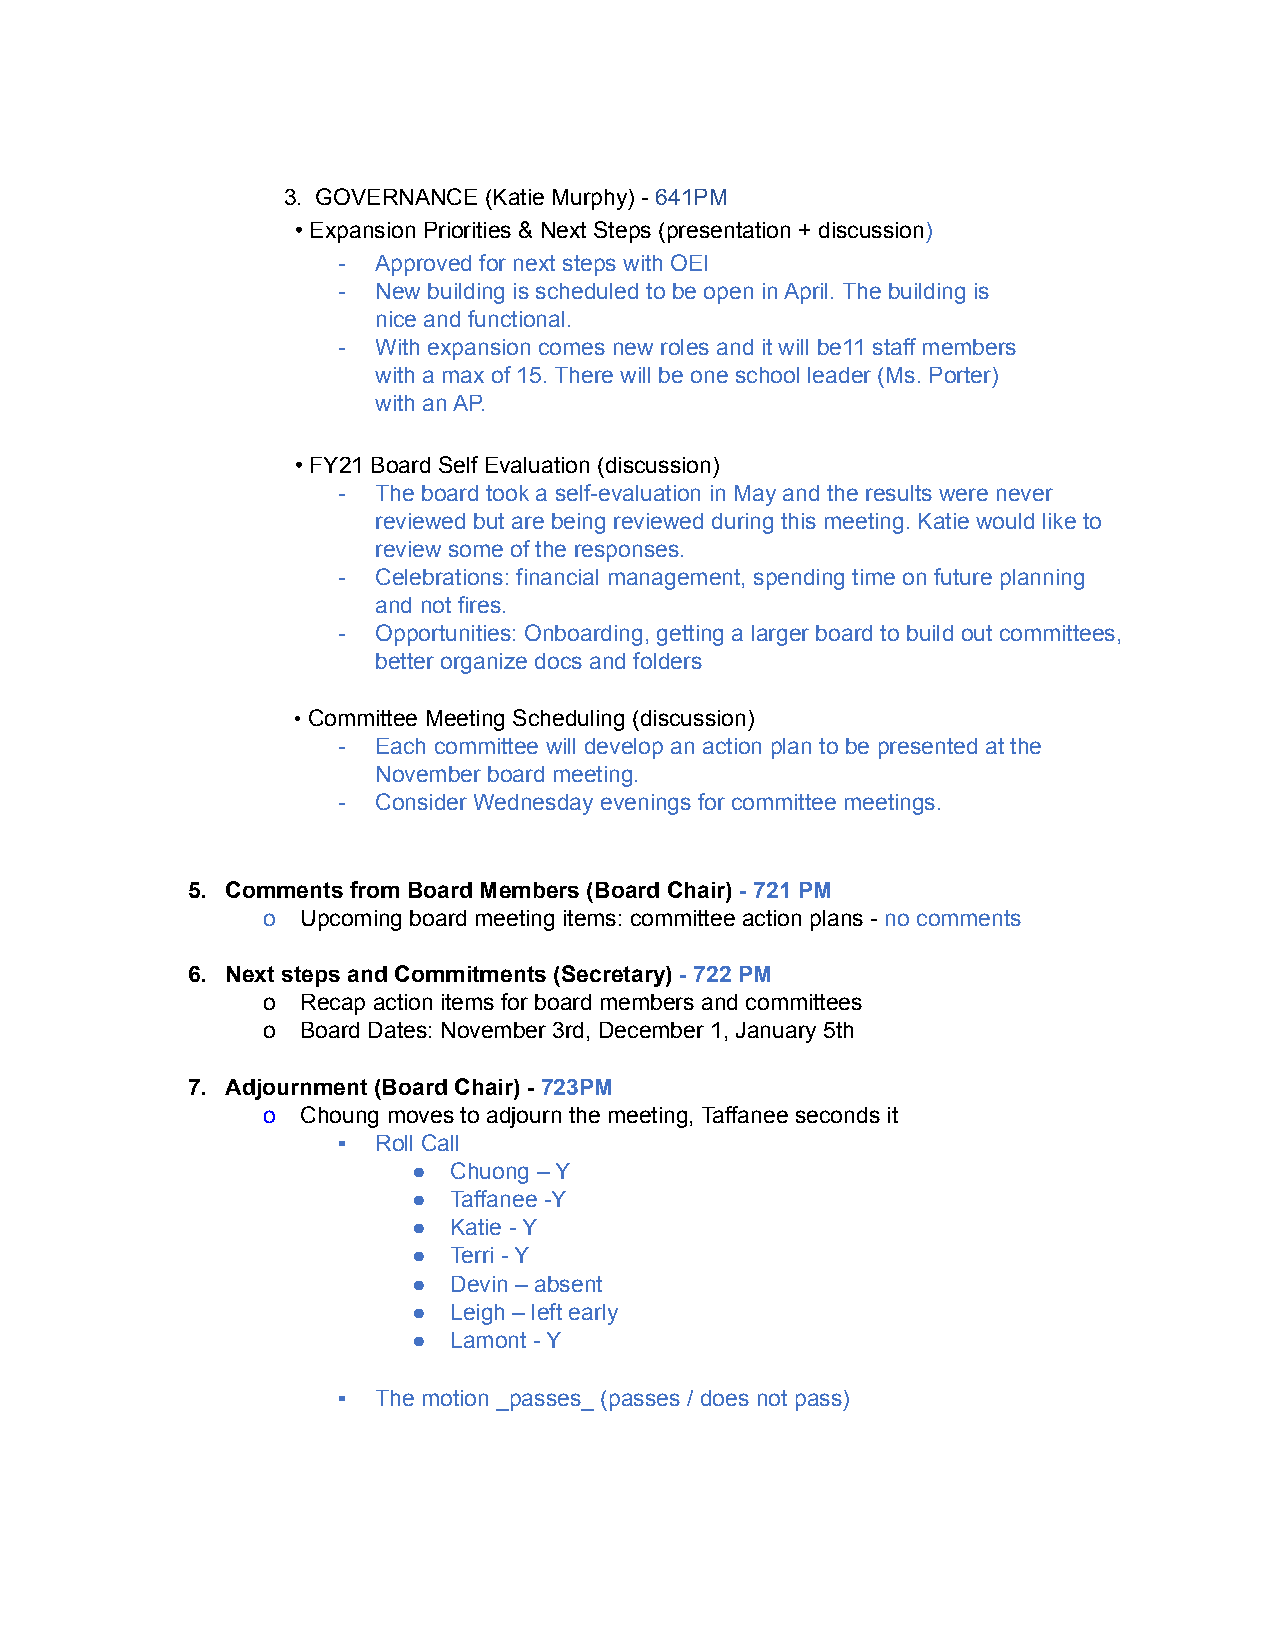
3. GOVERNANCE (Katie Murphy) - 641PM
 • Expansion Priorities & Next Steps (presentation + discussion)
 -  Approved for next steps with OEI
 -  New building is scheduled to be open in April. The building is
 nice and functional.
 -  With expansion comes new roles and it will be11 staff members
 with a max of 15. There will be one school leader (Ms. Porter)
 with an AP.
 • FY21 Board Self Evaluation (discussion)
 -  The board took a self-evaluation in May and the results were never
 reviewed but are being reviewed during this meeting. Katie would like to
 review some of the responses.
 -  Celebrations: financial management, spending time on future planning
 and not fires.
 -  Opportunities: Onboarding, getting a larger board to build out committees,
 better organize docs and folders
 •Committee Meeting Scheduling (discussion)
 -  Each committee will develop an action plan to be presented at the
 November board meeting.
 -  Consider Wednesday evenings for committee meetings.
 5. Comments from Board Members (Board Chair) - 721 PM
 o  Upcoming board meeting items: committee action plans - no comments
 6. Next steps and Commitments (Secretary) - 722 PM
 o  Recap action items for board members and committees
 o  Board Dates: November 3rd, December 1, January 5th
 7. Adjournment (Board Chair) - 723PM
 o  Choung moves to adjourn the meeting, Taffanee seconds it
 ▪  Roll Call
 ●  Chuong – Y
 ●  Taffanee -Y
 ●  Katie - Y
 ●  Terri - Y
 ●  Devin – absent
 ●  Leigh – left early
 ●  Lamont - Y
 ▪  The motion _passes_ (passes / does not pass)